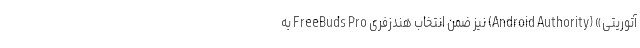
آتوریتی» (Android Authority) نیز ضمن انتخاب هندزفری FreeBuds Pro به